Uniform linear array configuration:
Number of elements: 48
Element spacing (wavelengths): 1
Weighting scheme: hann
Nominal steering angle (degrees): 45
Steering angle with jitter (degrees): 46.54
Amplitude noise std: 0.05
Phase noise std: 0.05

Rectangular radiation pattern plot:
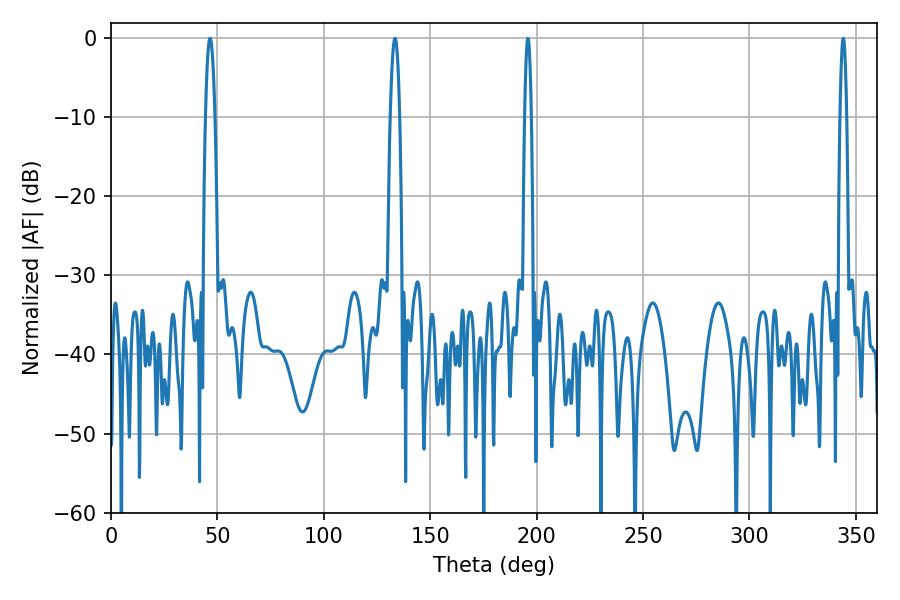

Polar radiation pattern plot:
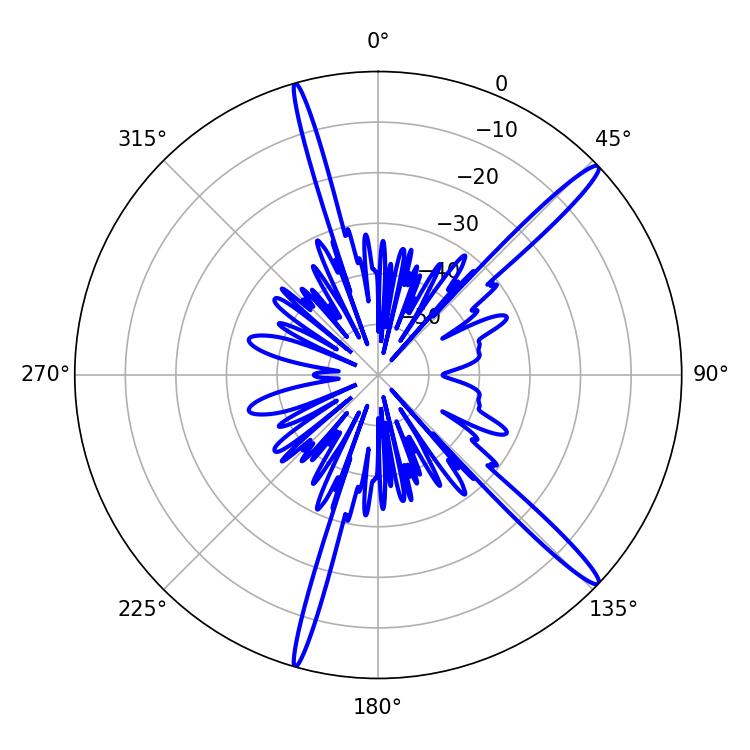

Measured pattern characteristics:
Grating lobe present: TRUE
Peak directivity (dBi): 16.041
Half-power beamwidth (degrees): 2.34
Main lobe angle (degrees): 46.62